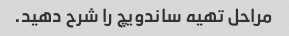
مراحل تهیه ساندویچ را شرح دهید.